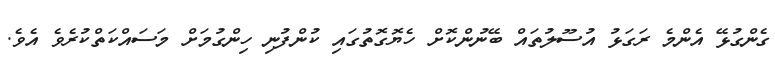
ގެންގުޅޭ އެންމެ ރަގަޅު އުސޫލުތައް ބޭނުންކޮށް ހެޔޮގޮތުގައި ކުންފުނި ހިންގުމަށް މަސައްކަތްކުރެވެ އެވެ.